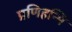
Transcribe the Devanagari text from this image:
प्रणिहन्मि